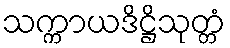
သက္ကာယဒိဋ္ဌိသုတ္တံ